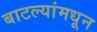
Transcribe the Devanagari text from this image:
बाटल्यांमधून